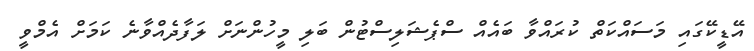
އޭޑީކޭގައި މަސައްކަތް ކުރައްވާ ބައެއް ސްޕެޝަލިސްޓުން ބަލި މީހުންނަށް ލަފާދެއްވާނެ ކަމަށް އެމްވީ